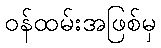
ဝန်ထမ်းအဖြစ်မှ